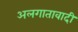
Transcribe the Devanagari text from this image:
अलगातावादी